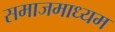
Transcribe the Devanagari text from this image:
समाजमाध्यम